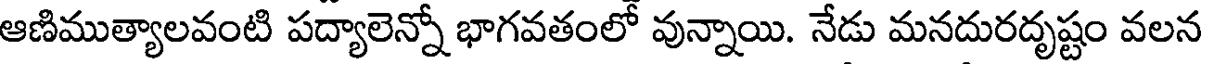
ఆణిముత్యాలవంటి పద్యాలెన్నో భాగవతంలో వున్నాయి. నేడు మనదురదృష్టం వలన